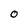
Character: 0